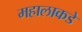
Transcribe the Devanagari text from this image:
महालाकडे